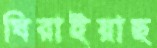
ঘিরাইয়াছ